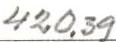
420,39